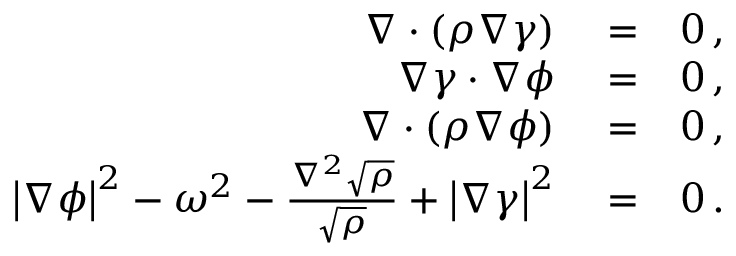
\begin{array} { r l r } { \nabla \cdot \left( \rho \nabla \gamma \right) } & { { } = } & { 0 \, , } \\ { \nabla \gamma \cdot \nabla \phi } & { { } = } & { 0 \, , } \\ { \nabla \cdot \left( \rho \nabla \phi \right) } & { { } = } & { 0 \, , } \\ { \left| \nabla \phi \right| ^ { 2 } - \omega ^ { 2 } - \frac { \nabla ^ { 2 } \sqrt { \rho } } { \sqrt { \rho } } + \left| \nabla \gamma \right| ^ { 2 } } & { { } = } & { 0 \, . } \end{array}